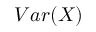
V a r ( X )